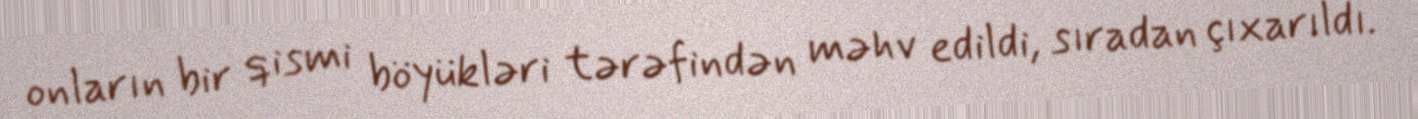
onların bir qismi böyükləri tərəfindən məhv edildi, sıradan çıxarıldı.